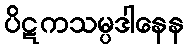
ပိဋကသမ္ပဒါနေန